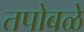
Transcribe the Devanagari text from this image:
तपोबळे